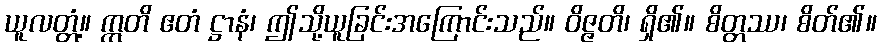
ယူလတ္တံ့။ ဣတိ ဧတံ ဋ္ဌာနံ၊ ဤသို့ယူခြင်းအကြောင်းသည်။ ဝိဇ္ဇတိ၊ ရှိ၏။ စိတ္တဿ၊ စိတ်၏။